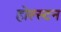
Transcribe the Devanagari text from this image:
होल्स्टन